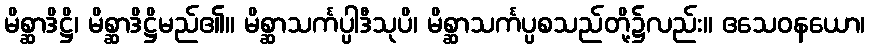
မိစ္ဆာဒိဋ္ဌိ၊ မိစ္ဆာဒိဋ္ဌိမည်၏။ မိစ္ဆာသင်္ကပ္ပါဒီသုပိ၊ မိစ္ဆာသင်္ကပ္ပစသည်တို့၌လည်း။ ဧသေဝနယော၊